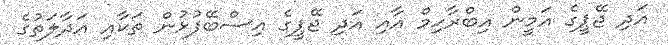
އަދި ޖޭޕީގެ އަމީން އިބްރާހިމް އާއި އަދި ޖޭޕީގެ އިސްބޭފުޅުން ތަކާއި އަދާލަތުގެ